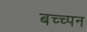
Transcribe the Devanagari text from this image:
बच्च्पन